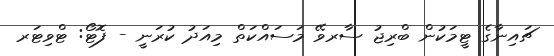
ޗައިނާގެ ޓީމަކުން ބްރިޖު ސާރވޭ މަސައްކަތް މިއަދު ކުރަނީ - ފޮޓޯ: ޓްވިޓަރ